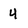
Character: 4